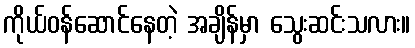
ကိုယ်ဝန်ဆောင်နေတဲ့ အချိန်မှာ သွေးဆင်းသလား။